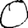
Digit: 0